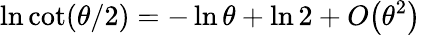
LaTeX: \ln\cot(\theta/2)=-\ln\theta+\ln 2+O\big(\theta^{2}\big)